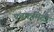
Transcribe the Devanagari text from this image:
पंचकमिटी